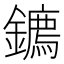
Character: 𮣘